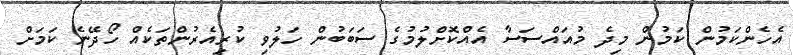
އެހެންކަމުން ކަމުން މިދެ މުއައްސަސާ އެއްކޮށްލުމުގެ ސަބަބުން ހަލުވި ކުރިއެރުންތަކެއް ހޯދޭނެ ކަމަށް